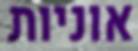
אוניות